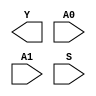
module sky130_fd_sc_ls__mux2i (
    Y ,
    A0,
    A1,
    S
);

    output Y ;
    input  A0;
    input  A1;
    input  S ;

    // Voltage supply signals
    supply1 VPWR;
    supply0 VGND;
    supply1 VPB ;
    supply0 VNB ;

endmodule